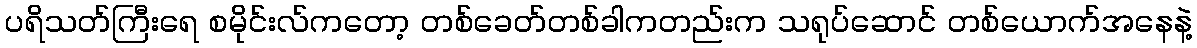
ပရိသတ်ကြီးရေ စမိုင်းလ်ကတော့ တစ်ခေတ်တစ်ခါကတည်းက သရုပ်ဆောင် တစ်ယောက်အနေနဲ့